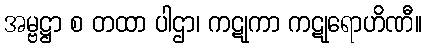
အမ္ဗဋ္ဌာ စ တထာ ပါဌာ၊ ကဋုကာ ကဋုရောဟိဏီ။